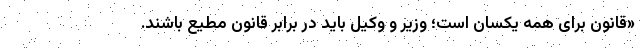
«قانون برای همه یکسان است؛ وزیر و وکیل باید در برابر قانون مطیع باشند.